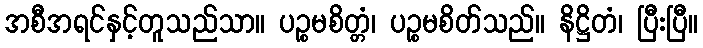
အစီအရင်နှင့်တူသည်သာ။ ပဉ္စမစိတ္တံ၊ ပဉ္စမစိတ်သည်။ နိဋ္ဌိတံ၊ ပြီးပြီ။